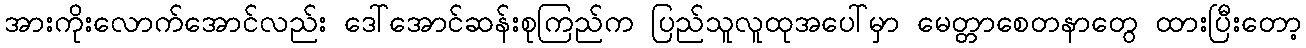
အားကိုးလောက်အောင်လည်း ဒေါ်အောင်ဆန်းစုကြည်က ပြည်သူလူထုအပေါ်မှာ မေတ္တာစေတနာတွေ ထားပြီးတော့